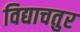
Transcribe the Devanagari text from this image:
विद्याचतुर